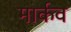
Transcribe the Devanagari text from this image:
मार्कव